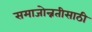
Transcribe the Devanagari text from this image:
समाजोन्नतीसाठी